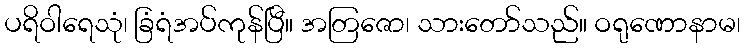
ပရိဝါရေသုံ၊ ခြံရံအပ်ကုန်ပြီ။ အတြဇော၊ သားတော်သည်။ ဝရုဏောနာမ၊